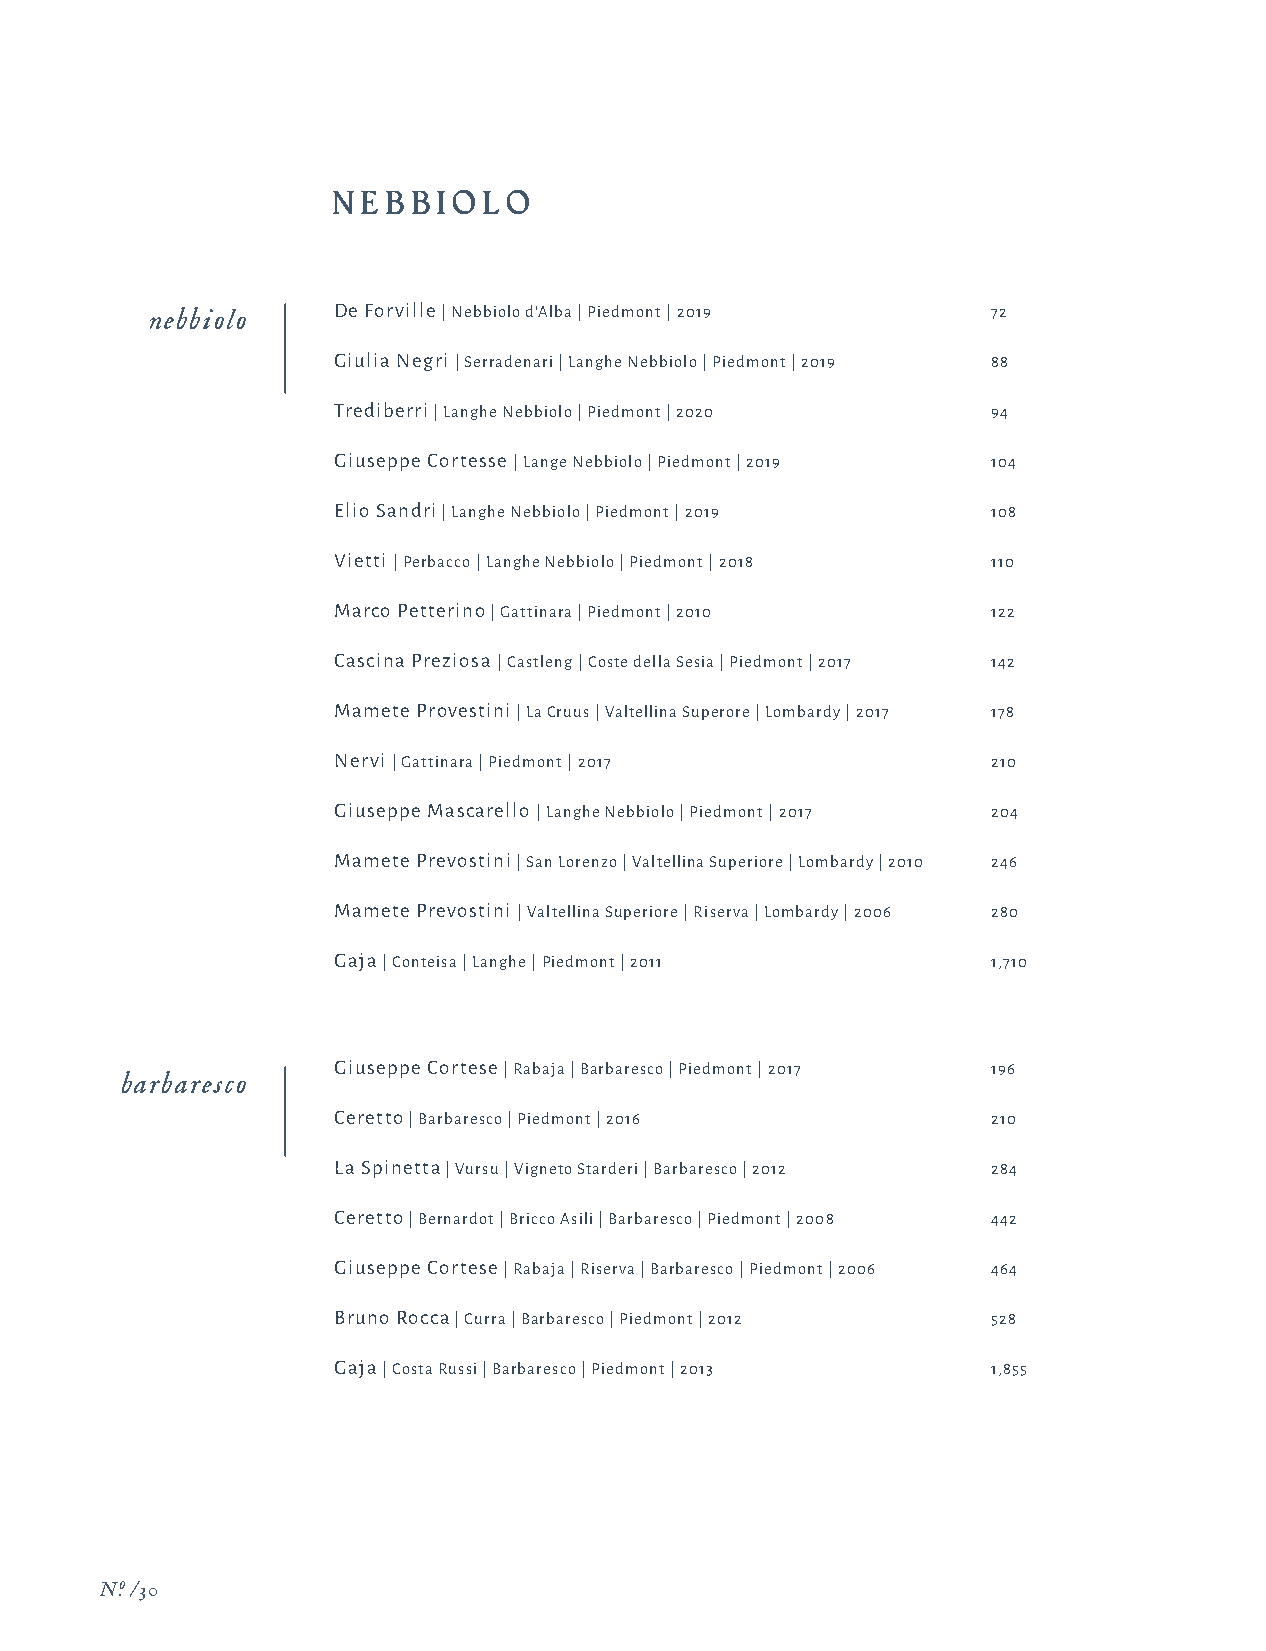
N EBBIOLO
 nebbiolo    De Forville | Nebbiolo d'Alba | Piedmont | 2019 72
 Giulia Negri | Serradenari | Langhe Nebbiolo | Piedmont | 2019 88
 Trediberri | Langhe Nebbiolo | Piedmont | 2020 94
 Giuseppe Cortesse | Lange Nebbiolo | Piedmont | 2019 104
 Elio Sandri | Langhe Nebbiolo | Piedmont | 2019 108
 Vietti | Perbacco | Langhe Nebbiolo | Piedmont | 2018 110
 Marco Petterino | Gattinara | Piedmont | 2010 122
 Cascina Preziosa | Castleng | Coste della Sesia | Piedmont | 2017 142
 Mamete Provestini | La Cruus | Valtellina Superore | Lombardy | 2017 178
 Nervi | Gattinara | Piedmont | 2017         210
 Giuseppe Mascarello | Langhe Nebbiolo | Piedmont | 2017 204
 Mamete Prevostini | San Lorenzo | Valtellina Superiore | Lombardy | 2010 246
 Mamete Prevostini | Valtellina Superiore | Riserva | Lombardy | 2006 280
 Gaja | Conteisa | Langhe | Piedmont | 2011  1,710
 Giuseppe Cortese | Rabaja | Barbaresco | Piedmont | 2017 196
 barbaresco
 Ceretto | Barbaresco | Piedmont | 2016      210
 La Spinetta | Vursu | Vigneto Starderi | Barbaresco | 2012 284
 Ceretto | Bernardot | Bricco Asili | Barbaresco | Piedmont | 2008 442
 Giuseppe Cortese | Rabaja | Riserva | Barbaresco | Piedmont | 2006 464
 Bruno Rocca | Curra | Barbaresco | Piedmont | 2012 528
 Gaja | Costa Russi | Barbaresco | Piedmont | 2013 1,855
 N.o /30